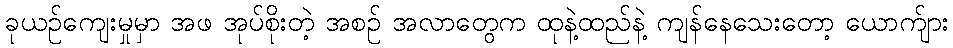
ခုယဉ်ကျေးမှုမှာ အဖ အုပ်စိုးတဲ့ အစဉ် အလာတွေက ထုနဲ့ထည်နဲ့ ကျန်နေသေးတော့ ယောက်ျား